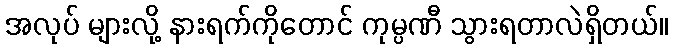
အလုပ် များလို့ နားရက်ကိုတောင် ကုမ္ပဏီ သွားရတာလဲရှိတယ်။